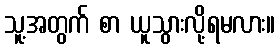
သူ့အတွက် စာ ယူသွားလို့ရမလား။